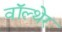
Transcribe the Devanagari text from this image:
वॉल्थेर